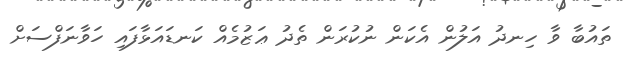
ތައުބާ ވާ ހިނދު އަލުން އެކަން ނުކުރަން ތެދު ޢަޒުމެއް ކަނޑައަޅާފައި ހަވާނަފްސަށް